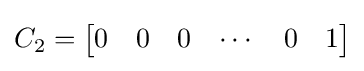
C_{2}={\begin{bmatrix}0&0&0&\cdots &0&1\\\end{bmatrix}}